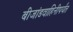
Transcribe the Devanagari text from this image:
बीजांडवाहिनीपर्यंत